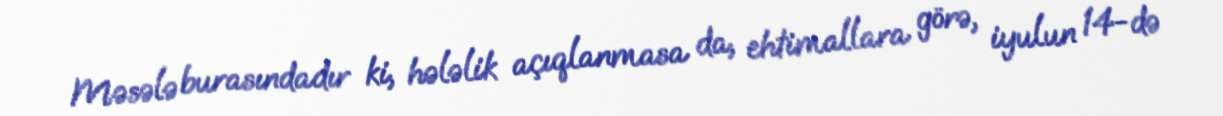
Məsələ burasındadır ki, hələlik açıqlanmasa da, ehtimallara görə, iyulun 14-də